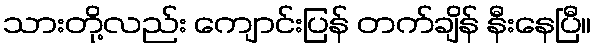
သားတို့လည်း ကျောင်းပြန် တက်ချိန် နီးနေပြီ။